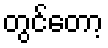
တွင်တော့